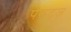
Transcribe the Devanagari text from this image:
पेरूट्ज़